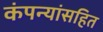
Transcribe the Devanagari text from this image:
कंपन्यांसहित